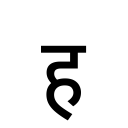
OCR:
ह